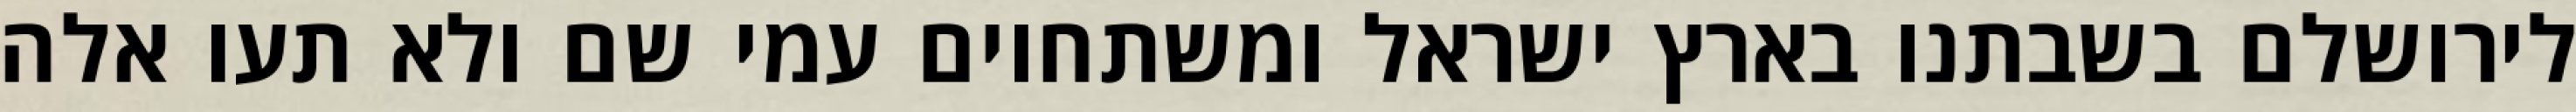
לירושלם בשבתנו בארץ ישראל ומשתחוים עמי שם ולא תעו אלה